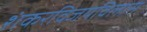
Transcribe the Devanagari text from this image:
शंकरविजयविलास